[Report on the health of British troops in the Madras command]
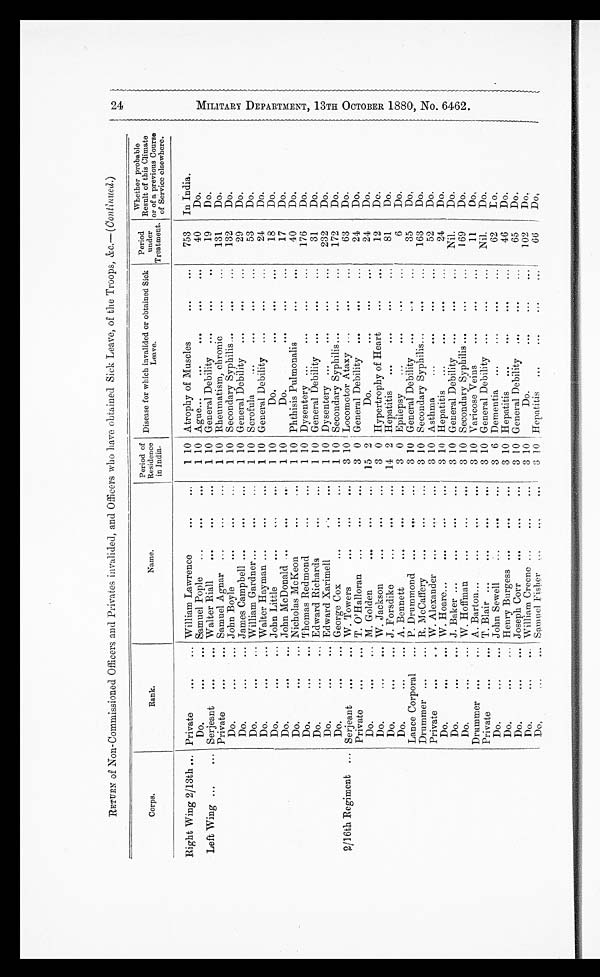
RETURN of Non-Commissioned Officers and Privates invalided, and Officers who have obtained Sick Leave, of the Troops, &c.--(Continued.)
Corps.
Rank.
Name.
Period of
Residence
in India.
Disease for which invalided or obtained Sick
Leave.
Period
under
Treatment.
Whether probable
Result of this Climate
or of a previous Course
of Service elsewhere.
Right Wing 2/13th ... Privat
...
... William Lawrence
. . .
. . .
1 10 Atrophy of Muscles
...
. . .
753
In India.
Do.
. . .
. . .
Samuel Pople
...
. . .
1 10 Ague...
...
...
. . .
. . .
40
Do.
Left Wing ...
... Serjeant
. . .
. . .
Walter Riall
...
. . .
. . .
1 10 General Debility ...
. . .
..
19
Do.
Private
. . .
. . .
Samuel Agnar ...
. . .
...
1 10 Rheumatism, chronic
. . .
...
131
Do.
Do.
. . .
... John Boyle
. . . . . . .
. . .
1 10 Secondary Syphilis...
. . .
...
132
Do.
Do.
...
... James Campbell ...
. . .
...
1 10 General Debility
...
. . .
...
29
Do.
Do.
...
... William Gardner...
. . .
...
1 10 Scrofula
...
. . .
. . .
. . .
53
Do.
Do.
. . .
. . .
Walter Hayman ...
. . .
...
1 10 General Debility
...
. . .
...
24
Do.
Do.
. . .
. . .
John Little
...
. . .
...
1 10
Do.
. . .
. . .
. . .
18
Do.
Do.
...
. . .
John McDonald ...
. . .
. . .
1 10
Do.
...
. . .
. . .
17
Do.
Do.
. . .
... Nicholas McKeon
...
. . .
1 10 Phthisis Pulmonalis...
. . .
. . .
40
Do.
Do.
. . .
... Thomas Redmond
...
. . .
1 10 Dysentery ...
. . .
. . .
. . .
176
Do.
Do.
..
... Edward Richards
. . .
. . .
1 10 General Debility ...
. . .
. . .
31
Do.
Do.
...
. . .
Edward Xarimell
...
. . .
1 10 Dysentery ...
. . .
. . .
. . .
232
Do.
Do.
. . .
... George Cox
. . .
...
...
1 10 Secondary Syphilis...
. . .
. . .
172
Do.
1/16th Regiment ... Serjeant
. . .
. . .
W. Towers
...
...
...
3
1 0
Locomotor Ataxy ...
. . .
. . .
63
Do.
Private
. . .
. . .
T. O'Halloran
...
. . .
. . .
3 0 General Debility ...
. . .
. . .
24
Do.
Do.
...
... M. Golden
. . .
. . .
. . .
15 2
Do.
...
. . .
. . .
24
Do.
Do.
...
... W. Jackson
...
...
...
3 0 Hypertrophy of Heart
. . .
. . .
12
De.
Do.
. . .
... J . Forsdike
...
...
...
14 2 Hepatitis
...
...
. . .
. . .
81
Do.
Do.
. . .
... A. Bennett
. . .
. . .
...
3 0 Epilepsy
...
...
. . .
. . .
6
Do.
Lance Corporal
... P. .Drummond ...
...
...
3 10 General Debility ...
. . .
. . .
35
Do.
Drummer ...
R. McCaffery
. . .
...
...
3 10 Secondary Syphilis...
. . .
. . .
163
Do.
Private
...
.. W. Alexander
...
...
. . .
3 10 Asthma
...
. . .
. . .
. . .
52
Do.
Do.
...
... W. Hoare...
...
. . .
. . .
3 10 Hepatitis
...
...
. . .
. . .
24
Do.
Do.
. . .
... J. Baker ...
. . .
. . .
. . .
3 10 General Debility ...
. . .
. . .
Nil.
Do.
Do.
. . .
... W. Hoffman
. . .
...
. . .
3 10 Secondary Syphilis ...
. . .
. . .
169
Do.
Drummer ...
... A. Barton...
...
. . .
. . .
3 10
Veins
Varicose
...
. . .
. . .
11
Do.
Private
...
... T. Blair ...
. . . . . .
. . .
3 10 General Debility ...
. . .
. . .
Nil.
Do.
Do.
...
... John Sewell
...
. . .
...
3 6 Dementia ...
...
. . .
. . .
62
Do.
Do.
...
... Henry Burgess ...
...
...
3 10 Hepatitis
...
...
. . .
. . .
46
Do.
Do.
. . .
. . .
Joseph Corr
...
...
. . .
3 10 General Debility
...
. . .
. . .
65
Do.
Do.
. . .
. . .
William Creene ...
...
...
3 10
Do.
. . .
. . .
. . .
102
Do.
Do.
. . .
. . .
Samuel Fishe
. . .
. . .
. . .
3 10 Hepatitis
6 6
Do.
M I L L I T A R Y D E P A R T M E N T , 1 3 T H O C T O B E R 1 8 8 0 , N 0 . 6 4 6 2 .